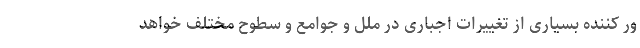
ور کننده بسیاری از تغییرات اجباری در ملل و جوامع و سطوح مختلف خواهد